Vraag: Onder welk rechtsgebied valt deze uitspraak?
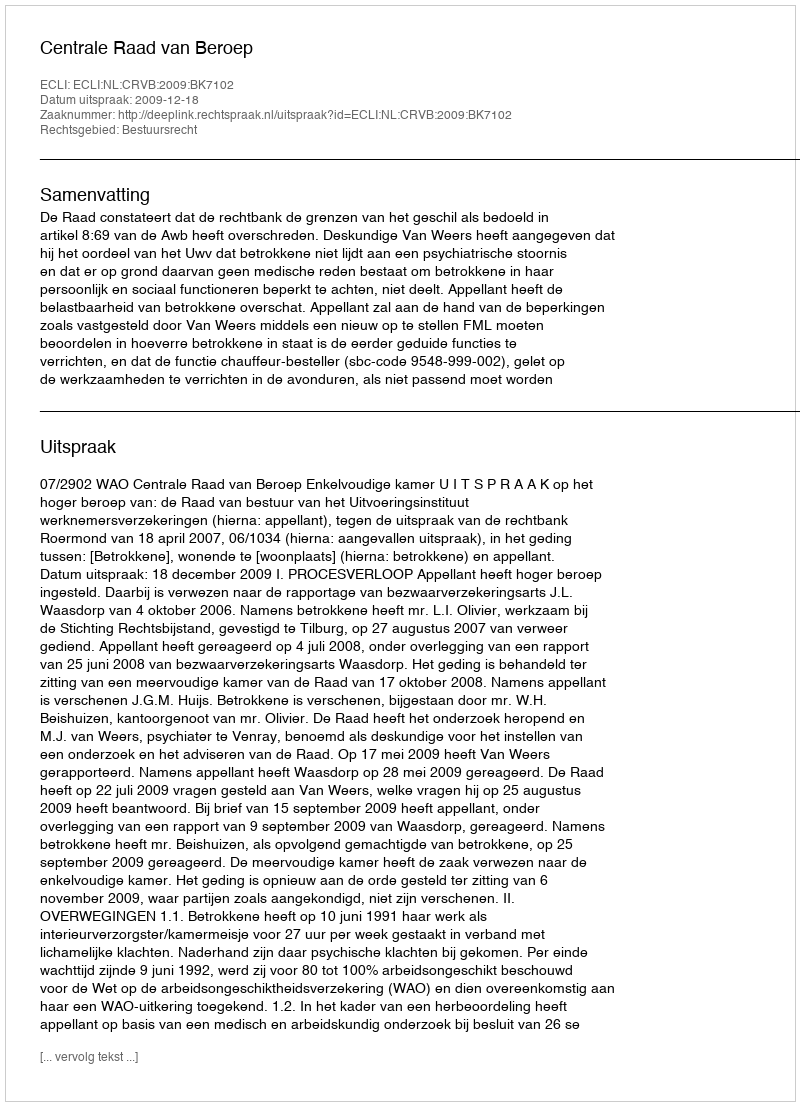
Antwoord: Bestuursrecht